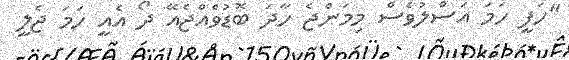
"ހަފީ ހަމަ އަސްލުވެސް މިމަންޖެ ހާދަ ބޮޑުވެއްޖެއޭ ދޯ އެއީ ހަމަ ޖެލީ